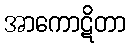
အာကောဋိတာ